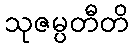
သုဇမ္ပတီတိ